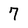
Character: 7